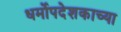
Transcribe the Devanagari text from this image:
धर्मोपदेशकाच्या